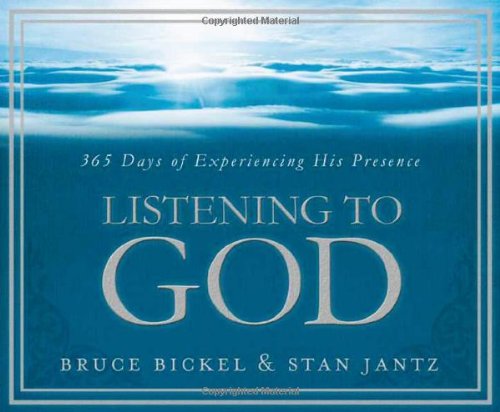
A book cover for Listening To God (365 Perpetual Calendars); Bruce Bickel; Calendars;